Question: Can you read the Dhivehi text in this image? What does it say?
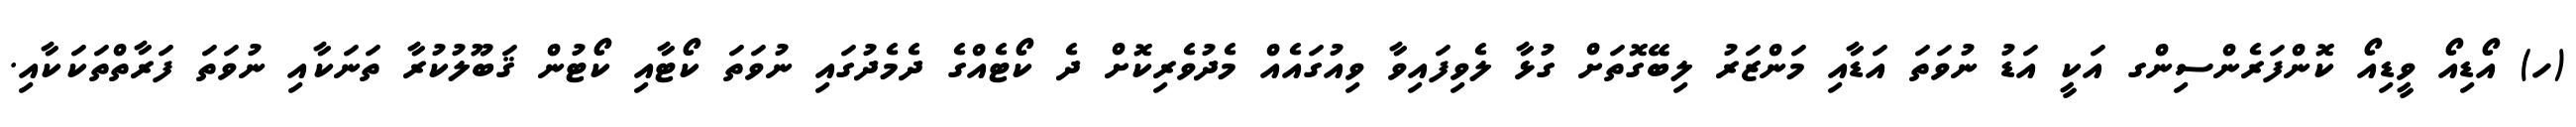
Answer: (ހ) އޯޑިއޯ ވީޑިއޯ ކޮންފަރެންސިންގ އަކީ އަޑު ނުވަތަ އަޑާއި މަންޒަރު ލިބޭގޮތަށް ގުޅާ ލެވިފައިވާ ވިއުގައެއް މެދުވެރިކޮށް ދެ ކޯޓެއްގެ ދެމެދުގައި ނުވަތަ ކޯޓާއި ކޯޓުން ޤަބޫލުކުރާ ތަނަކާއި ނުވަތަ ފަރާތްތަކަކާއި.